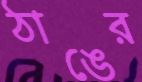
ঠাঙের